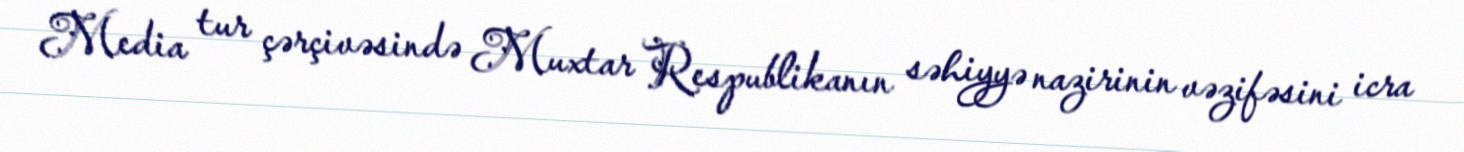
Media tur çərçivəsində Muxtar Respublikanın səhiyyə nazirinin vəzifəsini icra